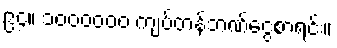
၉၄။ ၁၀၀၀၀၀၀ ကျပ်တန်ဘဏ်ငွေစာရင်း။